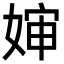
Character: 婶